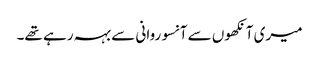
میری آنکھوں سے آنسو روانی سے بہہ رہے تھے۔